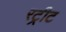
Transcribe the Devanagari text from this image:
रट्रीट